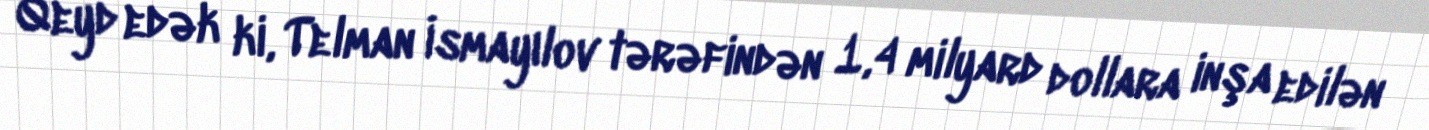
Qeyd edək ki, Telman İsmayılov tərəfindən 1,4 milyard dollara inşa edilən